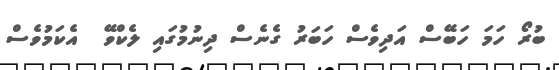
ބުރޯ ހަމަ ހަބޭސް އަދިވެސް ހަބަރު ގެނެސް ދިނުމުގައި ލެކްވޭ  އެކަމުވެސް